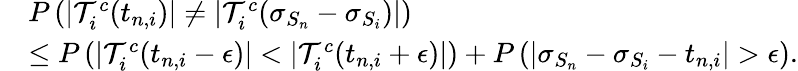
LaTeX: \begin{array}{rl}&{P\left(|\mathcal{T}_{i}^{c}(t_{n,i})|\neq|\mathcal{T}_{i}^{c}(\sigma_{S_{n}}-\sigma_{S_{i}})|\right)}\\ &{\leq P\left(|\mathcal{T}_{i}^{c}(t_{n,i}-\epsilon)|<|\mathcal{T}_{i}^{c}(t_{n,i}+\epsilon)|\right)+P\left(\left|\sigma_{S_{n}}-\sigma_{S_{i}}-t_{n,i}\right|>\epsilon\right).}\end{array}